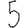
Digit: 5